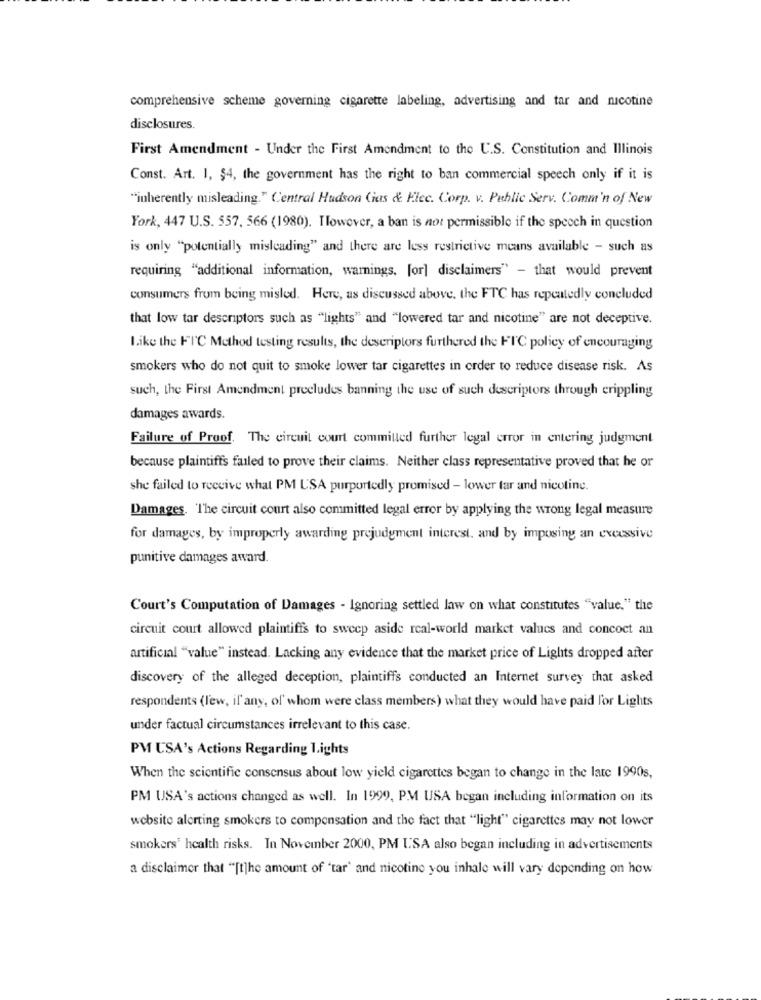
comprehensive scheme governing cigarette labeling, advertising and tar and nicotine
disclosures.
First Amendment - Under the First Amendment to the U.S. Constitution and Illinois
Const. Art. 1, $4, the government has the right to ban commercial speech only if it is
"inherently misleading." Central Hudson Gas & Flec. Corp. v. Public Serv. Comm'n of New
York, 447 U.S. 557, 566 (1980). Ilowever, a ban is not permissible if the speech in question
is only "potentially misleading" and there are less restrictive means available - such as
requiring "additional information, warnings, for] disclaimers" - that would prevent
consumers from being misled. Here, as discussed above. the FTC has repeatedly concluded
that low tar descriptors such as "lights" and "lowered tar and nicotine" are not deceptive.
Like the FIC Method testing results, the descriptors furthered the FIC policy of encouraging
smokers who do not quit to smoke lower tar cigarettes in order to reduce disease risk. As
such, the First Amendment precludes banning the use of such descriptors through crippling
damages awards.
Failure of Proof. The circuit court commilled further legal error in entering judgment
because plaintiffs failed to prove their claims. Neither class representative proved that he or
she failed to receive what PM USA purportedly promised - lower far and nicotine.
Damages. The circuit court also committed legal error by applying the wrong legal measure
for damages, by improperly awarding prejudgment interest, and by imposing an excessive
punitive damages award.
Court's Computation of Damages - Ignoring settled law on what constitutes "value." the
circuit court allowed plaintiffs to sweep aside real-world market values and concoct an
artificial "value" instead. Lacking any evidence that the market price of Lights dropped after
discovery of the alleged deception, plaintiffs conducted an Internet survey that asked
respondents (l'ew, if any, of' whom were class members) what they would have paid for Lights
under factual circumstances irrelevant to this case.
PM USA's Actions Regarding Lights
When the scientific consensus about low yield cigarettes began to change in the late 1990s,
PM USA's actions changed as well. In 1999, PM USA began including information on its
website alerting smokers to compensation and the fact that "light" cigarettes may not lower
smokers' health risks. In November 2000, PM USA also began including in advertisements
a disclaimer that "[t]he amount of "tar' and nicotine you inhale will vary depending on how